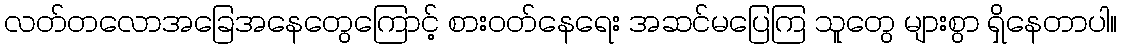
လတ်တလောအခြေအနေတွေကြောင့် စားဝတ်နေရေး အဆင်မပြေကြ သူတွေ များစွာ ရှိနေတာပါ။